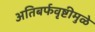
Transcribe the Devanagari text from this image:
अतिबर्फवृष्टीमुळे